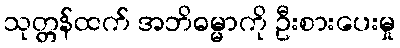
သုတ္တန်ထက် အဘိဓမ္မာကို ဦးစားပေးမှု